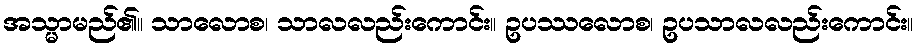
အသ္မာမည်၏။ သာလောစ၊ သာလလည်းကောင်း။ ဥပဿလောစ၊ ဥပသာလလည်းကောင်း။